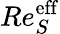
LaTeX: Re_{S}^{\mathrm{eff}}